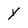
Character: Y